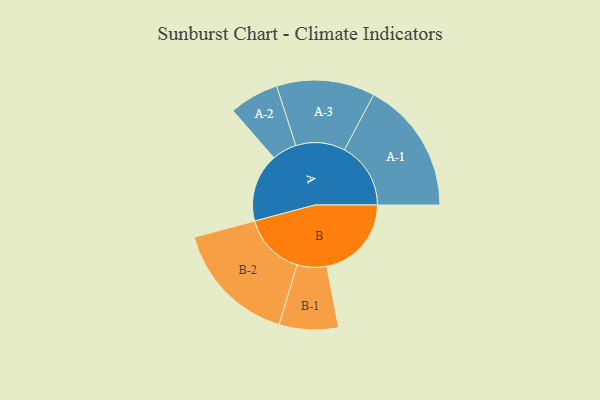
{"axis": {"x": "Segment", "y": "Value"}, "legend": ["", "A", "B"], "data": [{"x": "A", "y": 306, "type": ""}, {"x": "B", "y": 379, "type": ""}, {"x": "A-1", "y": 297, "type": "A"}, {"x": "A-2", "y": 111, "type": "A"}, {"x": "A-3", "y": 220, "type": "A"}, {"x": "B-1", "y": 132, "type": "B"}, {"x": "B-2", "y": 280, "type": "B"}]}